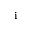
_ \mathrm { i }